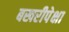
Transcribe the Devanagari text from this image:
बखरीपेक्षा